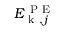
E _ { \mathrm { ~ k ~ } , j } ^ { \mathrm { ~ P ~ E ~ } }